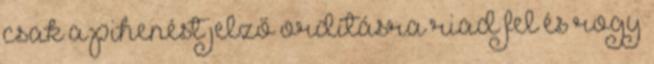
csak a pihenést jelző ordításra riad fel és rogy